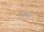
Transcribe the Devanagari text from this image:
लाइक्स